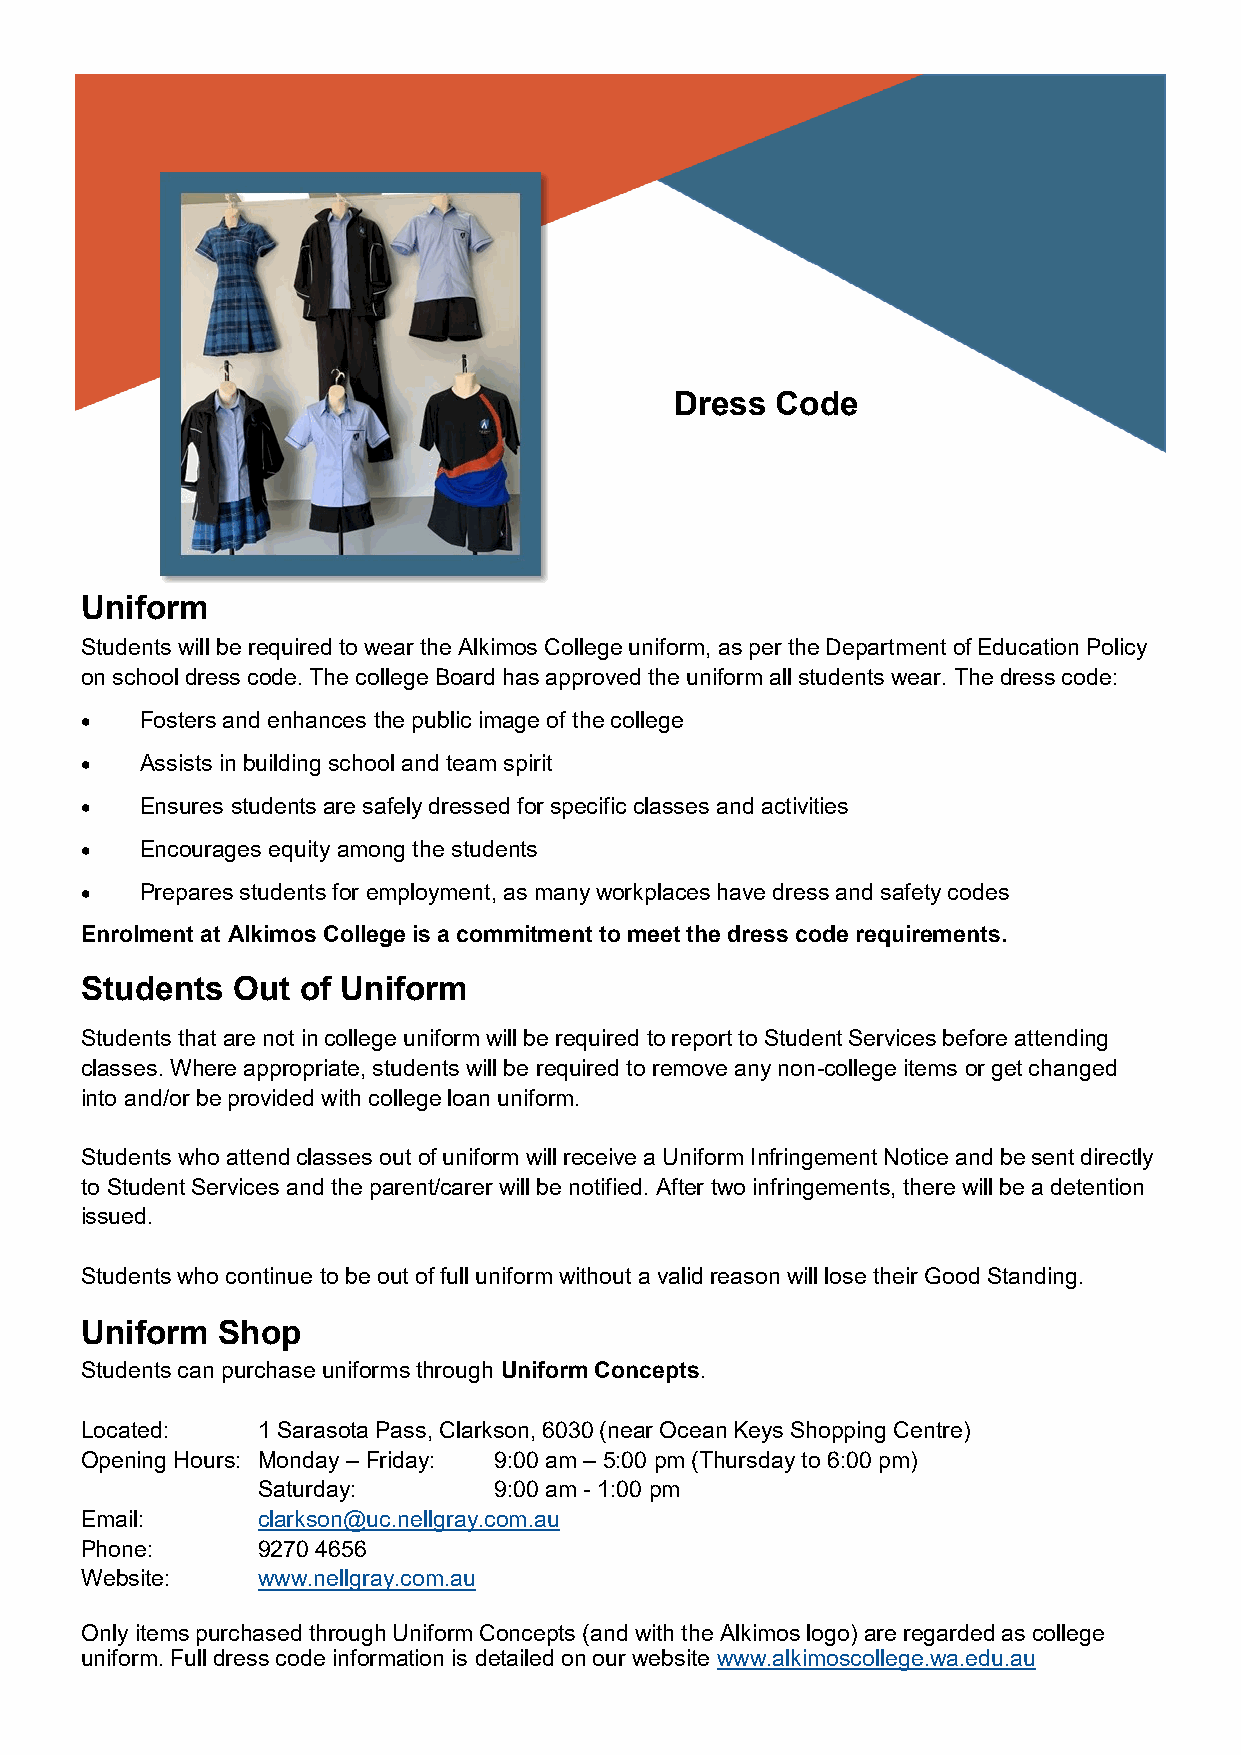
Dress Code
 Uniform
 Students will be required to wear the Alkimos College uniform, as per the Department of Education Policy
 on school dress code. The college Board has approved the uniform all students wear. The dress code:
 •   Fosters and enhances the public image of the college
 •   Assists in building school and team spirit
 •   Ensures students are safely dressed for specific classes and activities
 •   Encourages equity among the students
 •   Prepares students for employment, as many workplaces have dress and safety codes
 Enrolment at Alkimos College is a commitment to meet the dress code requirements.
 Students  Out  of Uniform
 Students that are not in college uniform will be required to report to Student Services before attending
 classes. Where appropriate, students will be required to remove any non-college items or get changed
 into and/or be provided with college loan uniform.
 Students who attend classes out of uniform will receive a Uniform Infringement Notice and be sent directly
 to Student Services and the parent/carer will be notified. After two infringements, there will be a detention
 issued.
 Students who continue to be out of full uniform without a valid reason will lose their Good Standing.
 Uniform  Shop
 Students can purchase uniforms through Uniform Concepts.
 Located:    1 Sarasota Pass, Clarkson, 6030 (near Ocean Keys Shopping Centre)
 Opening Hours: Monday – Friday: 9:00 am – 5:00 pm (Thursday to 6:00 pm)
 Saturday:       9:00 am - 1:00 pm
 Email:      clarkson@uc.nellgray.com.au
 Phone:      9270 4656
 Website:    www.nellgray.com.au
 Only items purchased through Uniform Concepts (and with the Alkimos logo) are regarded as college
 uniform. Full dress code information is detailed on our website www.alkimoscollege.wa.edu.au